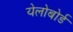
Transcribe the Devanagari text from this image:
येलोबोर्ड